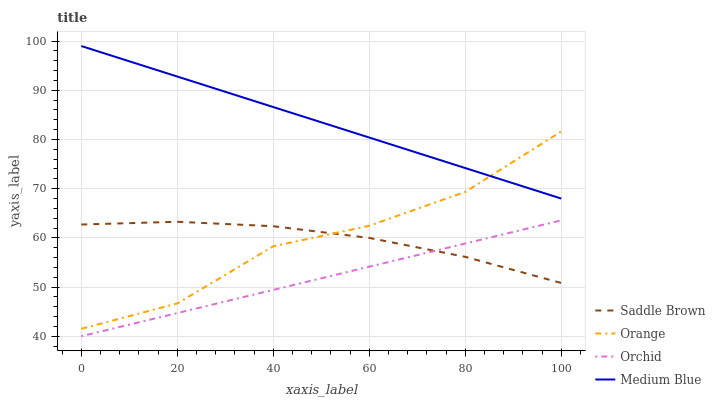
| xaxis_label | Saddle Brown | Orange | Orchid | Medium Blue |
 | --- | --- | --- | --- | --- |
 | 0 | 62.7 | 41.5 | 40 | 99 |
 | 20 | 63.3 | 46.7 | 44.7 | 92.8 |
 | 40 | 62.4 | 58.3 | 49.4 | 86.6 |
 | 60 | 60 | 62.5 | 54.1 | 80.4 |
 | 80 | 56.1 | 69.3 | 58.9 | 74.2 |
 | 100 | 50.8 | 81.6 | 63.6 | 68 |